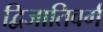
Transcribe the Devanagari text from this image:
द्विजातिवर्ग